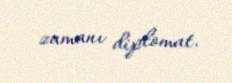
zamanı diplomat.